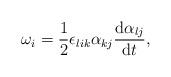
LaTeX: \begin{align*}\begin{aligned} \omega_i=\dfrac{1}{2}\epsilon_{lik}\alpha_{kj}\dfrac{{\rm d}\alpha_{lj}}{{\rm d}t},\end{aligned}\end{align*}